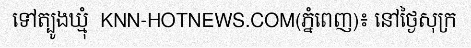
ទៅត្បូងឃ្មុំ  KNN-HOTNEWS.COM(ភ្នំពេញ)៖ នៅថ្ងៃសុក្រ